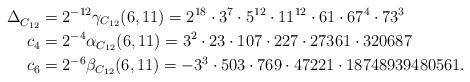
LaTeX: \begin{align*}\Delta_{C_{12}}^{} & =2^{-12}\gamma_{C_{12}}\!\left( 6,11\right)=2^{18}\cdot3^{7}\cdot5^{12}\cdot11^{12}\cdot61\cdot67^{4}\cdot73^{3}\\c_{4} & =2^{-4}\alpha_{C_{12}}\!\left( 6,11\right) =3^{2}\cdot23\cdot107\cdot227\cdot27361\cdot320687\\c_{6} & =2^{-6}\beta_{C_{12}}\!\left( 6,11\right) =-3^{3}\cdot503\cdot769\cdot47221\cdot18748939480561.\end{align*}